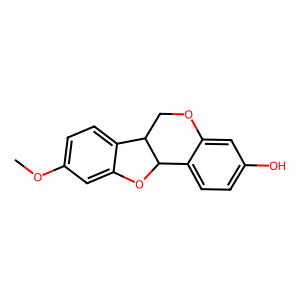
SMILES: COc1ccc2c(c1)OC1c3ccc(O)cc3OCC21
Inhibits HIV replication: No